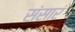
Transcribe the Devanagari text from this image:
संसारं